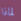
لماذا